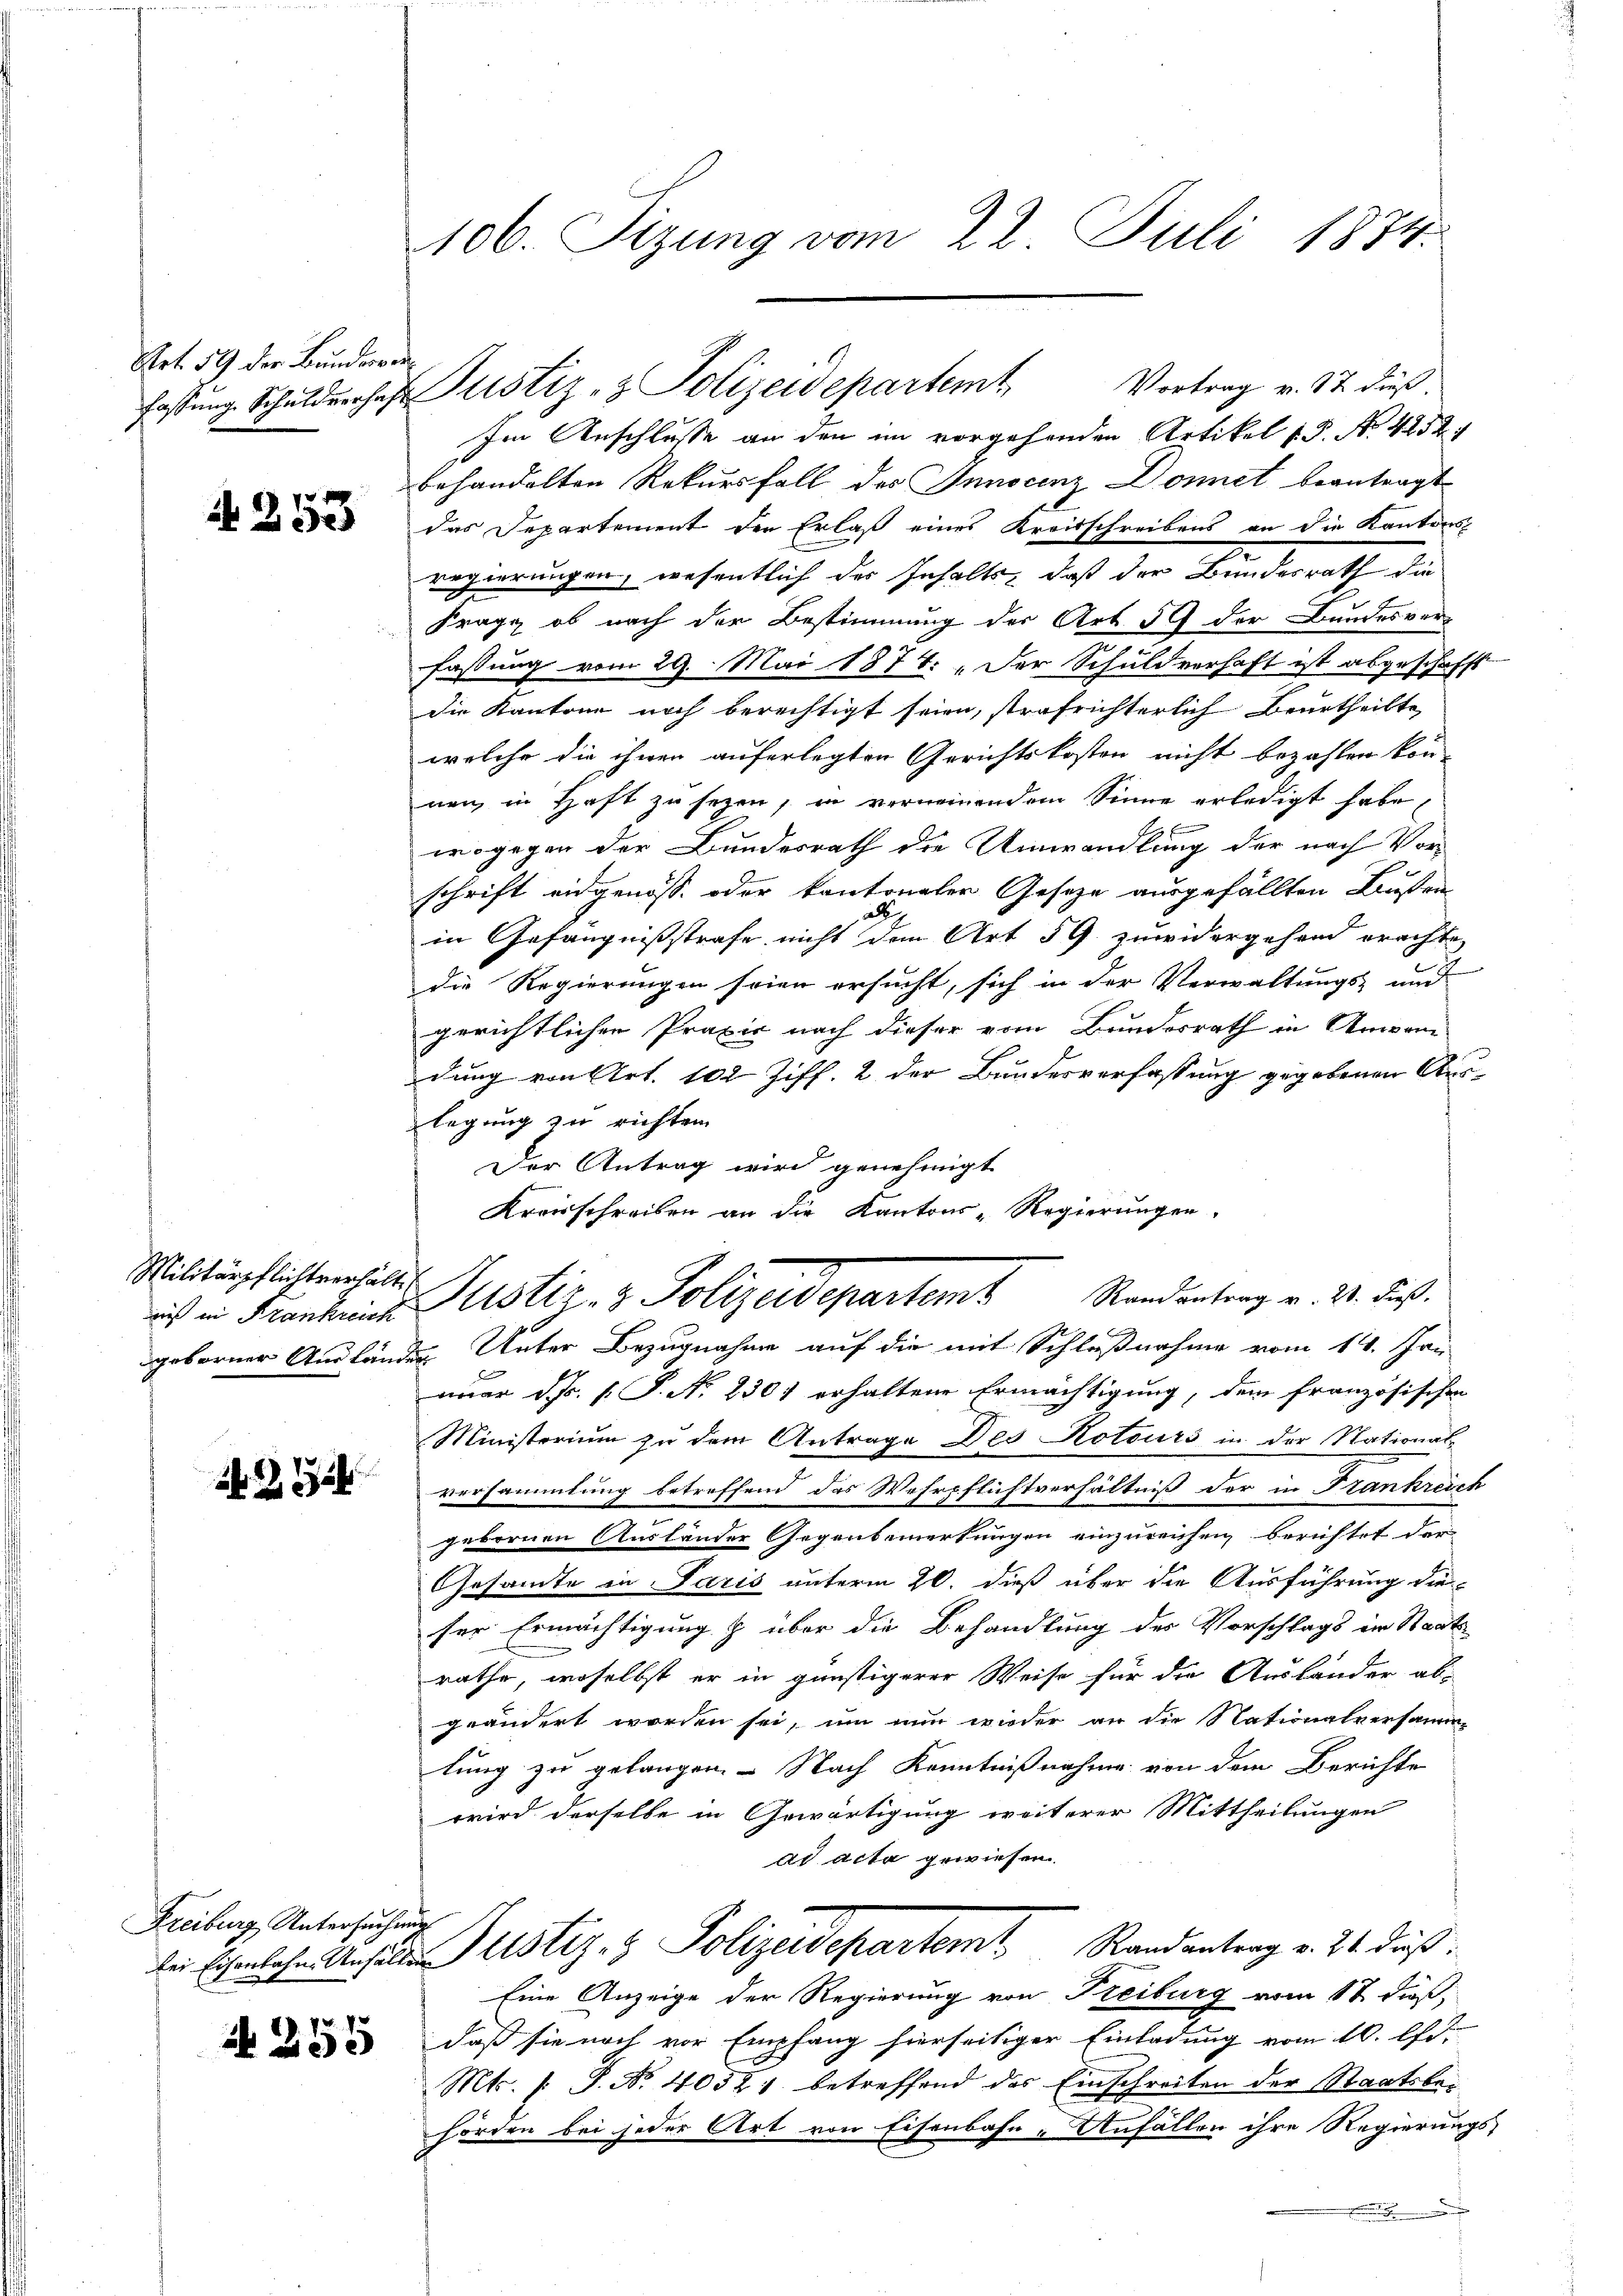
Art. 59 der Bundesve
fassung. Schuldverhaf

i 253

Militärpflichtverhält.
niß in Frankreich

S. 285

Freiburg Untersuchung

N 255

s

106. Sizung vom 22. Juli 1874.

Vortrag v. 17. dieß.
Im Anschlusse an den im vorgehenden Artikel 1 S. Nr. 4252.
behandelten Rekursfall des Innocenz Donnet beantragt
das Departement der Erlaß eines Kreisschreibens an die Kantons
regierungen, wesentlich des Inhalts, daß der Bundesrath die
Frage ob nach der Bestimmung der Art. 59 der Bundesver-
fassung vom 29. Mai 1874. Der Schuldverhaft ist abgeschafft
die Kantone noch berechtigt seien, strafrichterlich Beurtheilte
welche die ihnen auferlegten Gerichtskosten nicht bezahlen kon-
nen, in Haft zu sezen, in verneinendem Sinne erledigt habe

wogegen der Bundesrath die Umwandlung der nach Vor-
schrift eingenosse oder kantonalen Gesetze ausgefällten Bußen
.
in Gefängnißstrafe nicht dem Art 59 zuwidergehend erachte
die Regierungen seien ersucht, sich in der Verwaltungs- und
gerichtlichen Praxis nach dieser vom Bundesrath in Anwen
dung von Art. 102 Ziff. 2 der Bundesverfassung gegebenen Auslegung zu richten.
Der Antrag wird genehmigt.
Kreisschreiben an die Kantons-Regierungen,
geborner Ausländer Unter Bezugnahme auf die mit Schlußnahme vom 14. Jan
nuar d. P. N. 2301 erhaltene Ermächtigung, dem französischen
Ministerium zu dem Antrage Des Kotours in der National-
versammlung betreffend das Wehrpflichtverhältniß der in Frankreich
gebornen Ausländer Gegenbemerkungen einzureichen, berichtet der
Gesandte in Paris unterm 20. dieß über die Ausführung die-
ser Ermächtigung & über die Behandlung des Vorschlags im Staats
rathe, woselbst er in günstigerer Weise für die Ausländer ab-
geändert worden sei, um nun wieder an die Nationalversamme
lung zu gelangen. Nach Kenntnißnahme von dem Berichte
wird derselbe in Gewärtigung weiterer Mittheilungen
ad acta gewiesen.
bei Eichenlichen Anselben Justiz- & Polizeidepartemt Randantrag v. 24. dieß:
Eine Anzeige der Regierung von Freiburg vom 12 dieß,
daß sie noch vor Empfang hierseitiger Einladung vom 10. lt.
Mts. f. P. Nr. 40521 betreffend das Einschreiten der Staatsbehörden bei jeder Art von Eisenbahn-Anfällen ihre Regierungs-
.

Randantrag v. 20. dieß.
Justiz- & Polizeidigentent

Justiz- & Polizeidepartemt